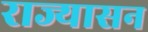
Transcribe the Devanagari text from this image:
राज्यासन